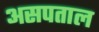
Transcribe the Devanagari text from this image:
असपताल